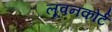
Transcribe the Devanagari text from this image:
लूवनकोर्ट